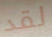
لقد